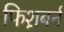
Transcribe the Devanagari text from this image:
फिश़बर्न